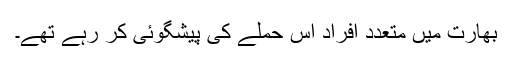
بھارت میں متعدد افراد اس حملے کی پیشگوئی کر رہے تھے۔